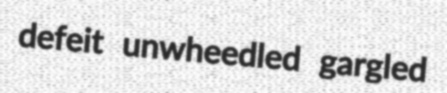
defeit unwheedled gargled